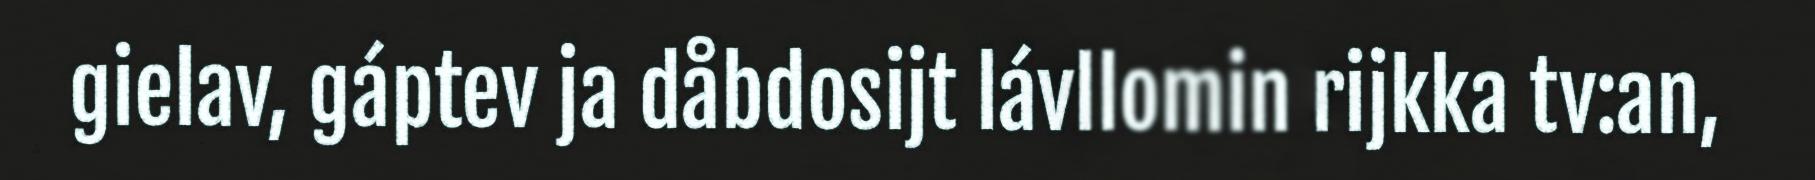
gielav, gáptev ja dåbdosijt lávllomin rijkka tv:an,